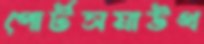
পোর্টসমাউথ